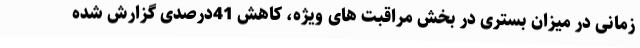
زمانی در میزان بستری در بخش مراقبت های ویژه، کاهش 41درصدی گزارش شده